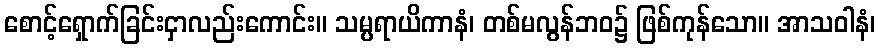
စောင့်ရှောက်ခြင်းငှာလည်းကောင်း။ သမ္ပရာယိကာနံ၊ တစ်မလွန်ဘဝ၌ ဖြစ်ကုန်သော။ အာသဝါနံ၊